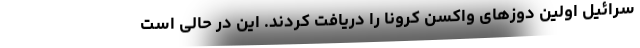
سرائیل اولین دوز‌های واکسن کرونا را دریافت کردند. این در حالی است